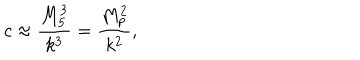
LaTeX: c \approx \frac { M _ { 5 } ^ { 3 } } { k ^ { 3 } } = \frac { M _ { p } ^ { 2 } } { k ^ { 2 } } ,